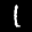
Label: 1